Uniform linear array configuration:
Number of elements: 48
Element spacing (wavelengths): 0.5
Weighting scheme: binomial
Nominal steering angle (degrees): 45
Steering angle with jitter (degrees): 46.289
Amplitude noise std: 0.05
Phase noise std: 0.05

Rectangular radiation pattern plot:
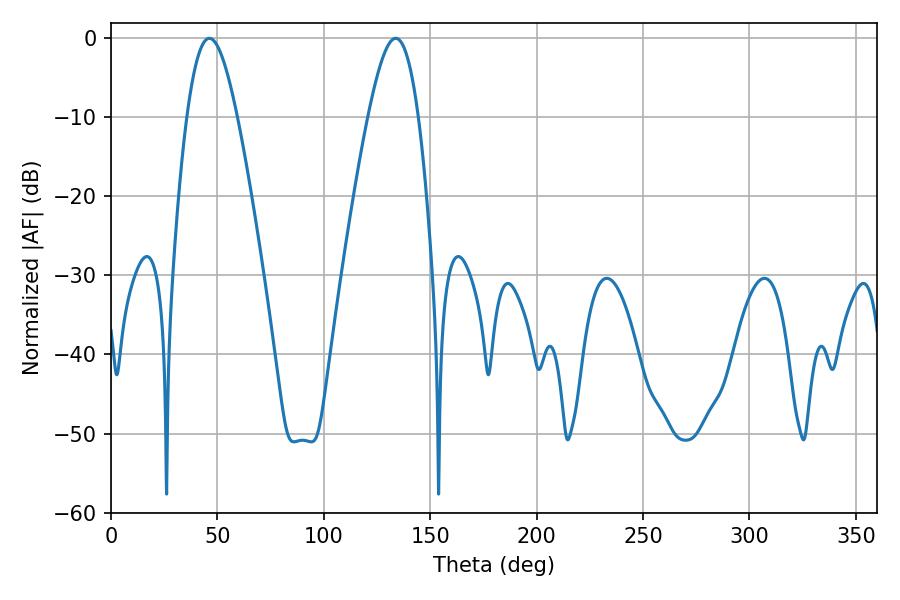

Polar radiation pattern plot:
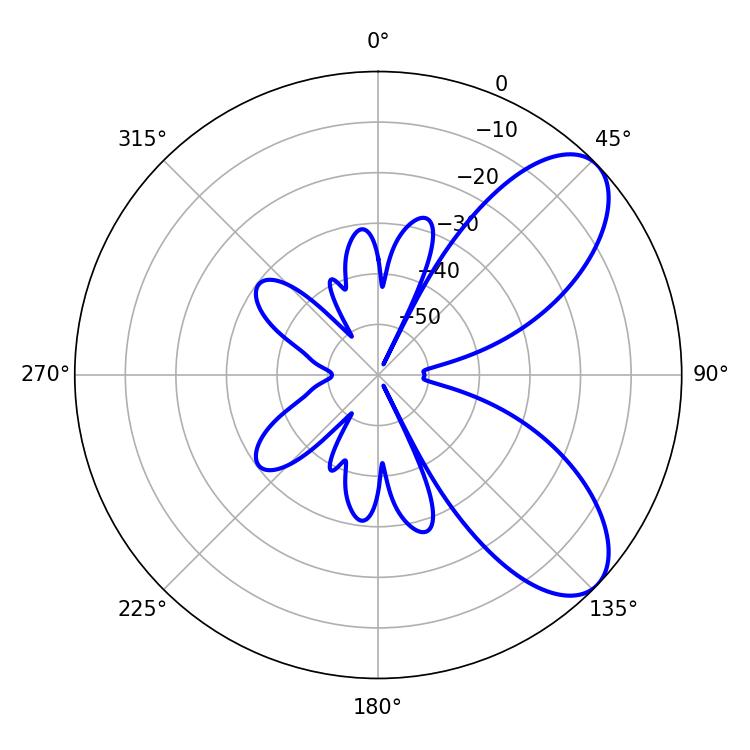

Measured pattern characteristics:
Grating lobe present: FALSE
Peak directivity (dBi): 7.556
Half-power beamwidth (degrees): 12.6
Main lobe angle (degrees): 46.26